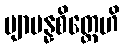
ဗျာပန္နစိတ္တေဟိ